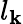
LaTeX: l_{\mathbf{k}}